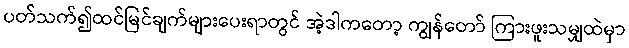
ပတ်သက်၍ထင်မြင်ချက်များပေးရာတွင် အဲ့ဒါကတော့ ကျွန်တော် ကြားဖူးသမျှထဲမှာ